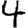
Digit: 4